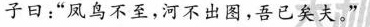
子曰：”凤鸟不至，河不出图，吾已矣夫。''